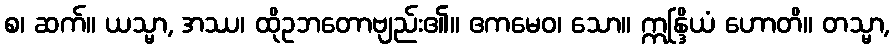
စ၊ ဆက်။ ယသ္မာ, အဿ၊ ထိုဥဘတောဗျည်း၏။ ဧကမေဝ၊ သော။ ဣန္ဒြိယံ ဟောတိ။ တသ္မာ,